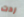
ردت